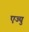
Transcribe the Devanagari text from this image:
एज्‍यु